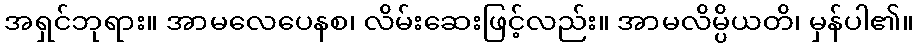
အရှင်ဘုရား။ အာမလေပေနစ၊ လိမ်းဆေးဖြင့်လည်း။ အာမလိမ္ပိယတိ၊ မှန်ပါ၏။